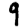
Digit: 9